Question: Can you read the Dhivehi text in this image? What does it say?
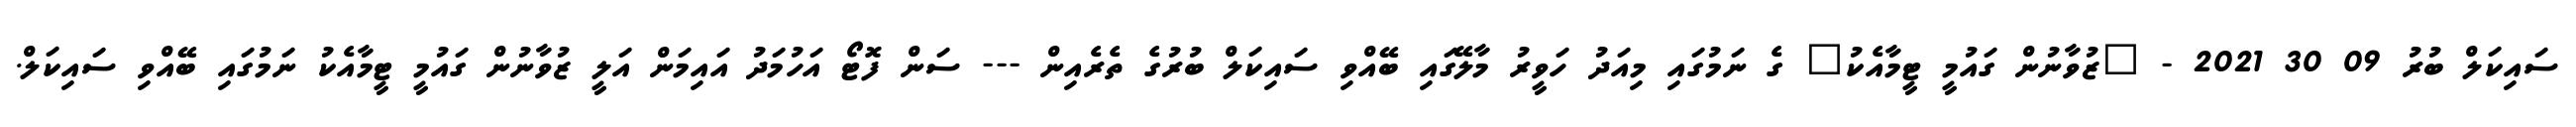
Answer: ސައިކަލް ބުރު 09 30 2021 - "ޒުވާނުން ގައުމީ ޓީމާއެކު" ގެ ނަމުގައި މިއަދު ހަވީރު މާލޭގައި ބޭއްވި ސައިކަލް ބުރުގެ ތެރެއިން --- ސަން ފޮޓޯ އަހުމަދު އައިމަން އަލީ ޒުވާނުން ގައުމީ ޓީމާއެކު ނަމުގައި ބޭއްވި ސައިކަލް.